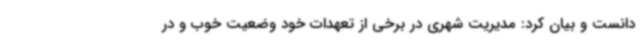
دانست و بیان کرد: مدیریت شهری در برخی از تعهدات خود وضعیت خوب و در